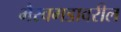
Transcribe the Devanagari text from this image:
भैरवगडावरील